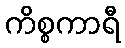
ကိစ္စကာရီ